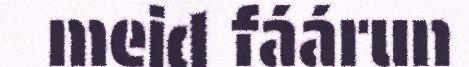
meid fáárun